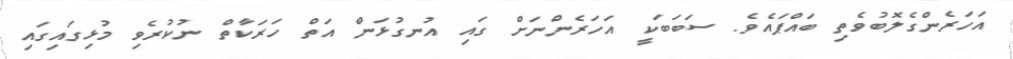
އަހަރެންގެލޮބުވެތި ބައްޕައެވެ. ސަބަބަކީ އަހަރެންނަށް ގައި އުނގުޅަން އަތް ހަރަކާތް ނުކުރެވި މުޅިގައިގައި